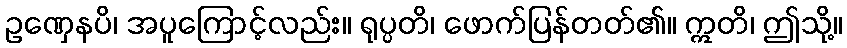
ဥဏှေနပိ၊ အပူကြောင့်လည်း။ ရုပ္ပတိ၊ ဖောက်ပြန်တတ်၏။ ဣတိ၊ ဤသို့။